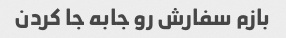
بازم سفارش رو جابه جا کردن